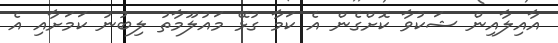
އާއިލާއިން ޝަކުވާ ކޮށްގެން އެ ކަމާ ގުޅޭ މައުލޫމާތު ލިބުނު ކަމަށާއި އެ